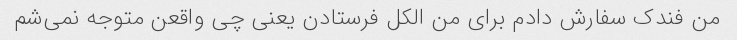
من فندک سفارش دادم برای من الکل فرستادن یعنی چی واقعن متوجه نمی‌شم